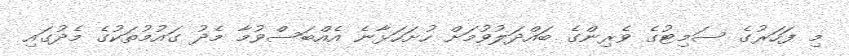
މި ފަހަރުގެ ސަމިޓުގެ ވެރިންގެ ބައްދަލުވުމަށް ހުށަހަޅާނެ އެއްބަސްވުމާ މެދު ގައުމުތަކުގެ މެދުގައި